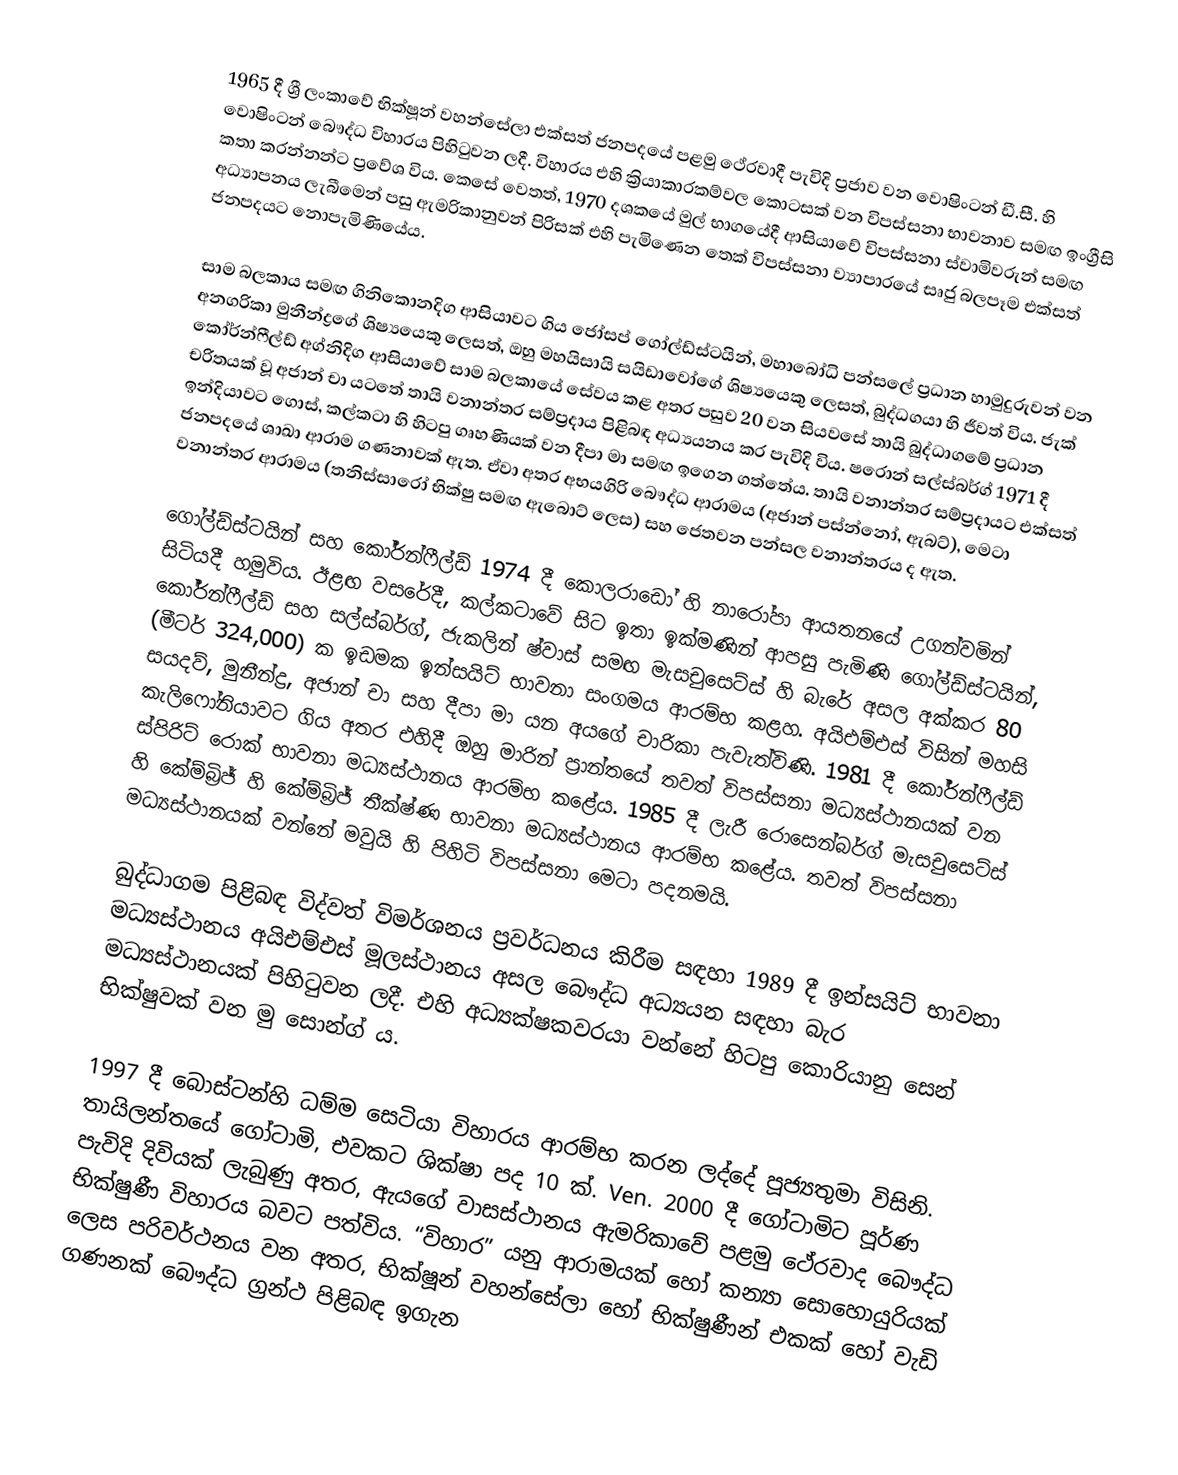
1965 දී ශ්‍රී ලංකාවේ භික්ෂූන් වහන්සේලා එක්සත් ජනපදයේ පළමු ථේරවාදී පැවිදි ප්‍රජාව වන වොෂිංටන් ඩී.සී. හි වොෂිංටන් බෞද්ධ විහාරය පිහිටුවන ලදී. විහාරය එහි ක්‍රියාකාරකම්වල කොටසක් වන විපස්සනා භාවනාව සමඟ ඉංග්‍රීසි කතා කරන්නන්ට ප්‍රවේශ විය. කෙසේ වෙතත්, 1970 දශකයේ මුල් භාගයේදී ආසියාවේ විපස්සනා ස්වාමිවරුන් සමඟ අධ්‍යාපනය ලැබීමෙන් පසු ඇමරිකානුවන් පිරිසක් එහි පැමිණෙන තෙක් විපස්සනා ව්‍යාපාරයේ සෘජු බලපෑම එක්සත් ජනපදයට නොපැමිණියේය.

සාම බලකාය සමඟ ගිනිකොනදිග ආසියාවට ගිය ජෝසප් ගෝල්ඩ්ස්ටයින්, මහාබෝධි පන්සලේ ප්‍රධාන හාමුදුරුවන් වන අනගරිකා මුනීන්ද්‍රගේ ශිෂ්‍යයෙකු ලෙසත්, ඔහු මහයිසායි සයිඩාවෝගේ ශිෂ්‍යයෙකු ලෙසත්, බුද්ධගයා හි ජීවත් විය. ජැක් කෝර්න්ෆීල්ඩ් අග්නිදිග ආසියාවේ සාම බලකායේ සේවය කළ අතර පසුව 20 වන සියවසේ තායි බුද්ධාගමේ ප්‍රධාන චරිතයක් වූ අජාන් චා යටතේ තායි වනාන්තර සම්ප්‍රදාය පිළිබඳ අධ්‍යයනය කර පැවිදි විය. ෂරොන් සල්ස්බර්ග් 1971 දී ඉන්දියාවට ගොස්, කල්කටා හි හිටපු ගෘහණියක් වන දීපා මා සමඟ ඉගෙන ගත්තේය. තායි වනාන්තර සම්ප්‍රදායට එක්සත් ජනපදයේ ශාඛා ආරාම ගණනාවක් ඇත. ඒවා අතර අභයගිරි බෞද්ධ ආරාමය (අජාන් පස්න්නෝ, ඇබට්), මෙටා වනාන්තර ආරාමය (තනිස්සාරෝ භික්ෂු සමඟ ඇබොට් ලෙස) සහ ජෙතවන පන්සල වනාන්තරය ද ඇත.

ගෝල්ඩ්ස්ටයින් සහ කෝර්න්ෆීල්ඩ් 1974 දී කොලරාඩෝ හි නාරෝපා ආයතනයේ උගන්වමින් සිටියදී හමුවිය. ඊළඟ වසරේදී, කල්කටාවේ සිට ඉතා ඉක්මණින් ආපසු පැමිණි ගෝල්ඩ්ස්ටයින්, කෝර්න්ෆීල්ඩ් සහ සල්ස්බර්ග්, ජැකලින් ෂ්වාස් සමඟ මැසචුසෙට්ස් හි බැරේ අසල අක්කර 80 (මීටර් 324,000) ක ඉඩමක ඉන්සයිට් භාවනා සංගමය ආරම්භ කළහ. අයිඑම්එස් විසින් මහසි සයදව්, මුනීන්ද්‍ර, අජාන් චා සහ දීපා මා යන අයගේ චාරිකා පැවැත්විණි. 1981 දී කෝර්න්ෆීල්ඩ් කැලිෆෝනියාවට ගිය අතර එහිදී ඔහු මාරින් ප්‍රාන්තයේ තවත් විපස්සනා මධ්‍යස්ථානයක් වන ස්පිරිට් රොක් භාවනා මධ්‍යස්ථානය ආරම්භ කළේය. 1985 දී ලැරී රොසෙන්බර්ග් මැසචුසෙට්ස් හි කේම්බ්‍රිජ් හි කේම්බ්‍රිජ් තීක්ෂ්ණ භාවනා මධ්‍යස්ථානය ආරම්භ කළේය. තවත් විපස්සනා මධ්‍යස්ථානයක් වන්නේ මවුයි හි පිහිටි විපස්සනා මෙටා පදනමයි.

බුද්ධාගම පිළිබඳ විද්වත් විමර්ශනය ප්‍රවර්ධනය කිරීම සඳහා 1989 දී ඉන්සයිට් භාවනා මධ්‍යස්ථානය අයිඑම්එස් මූලස්ථානය අසල බෞද්ධ අධ්‍යයන සඳහා බැර මධ්‍යස්ථානයක් පිහිටුවන ලදී. එහි අධ්‍යක්ෂකවරයා වන්නේ හිටපු කොරියානු සෙන් භික්ෂුවක් වන මු සොන්ග් ය.

1997 දී බොස්ටන්හි ධම්ම සෙටියා විහාරය ආරම්භ කරන ලද්දේ පූජ්‍යතුමා විසිනි. තායිලන්තයේ ගෝටාමි, එවකට ශික්ෂා පද 10 ක්. Ven. 2000 දී ගෝටාමිට පූර්ණ පැවිදි දිවියක් ලැබුණු අතර, ඇයගේ වාසස්ථානය ඇමරිකාවේ පළමු ථේරවාද බෞද්ධ භික්ෂුණී විහාරය බවට පත්විය. “විහාර” යනු ආරාමයක් හෝ කන්‍යා සොහොයුරියක් ලෙස පරිවර්ථනය වන අතර, භික්ෂූන් වහන්සේලා හෝ භික්ෂුණීන් එකක් හෝ වැඩි ගණනක් බෞද්ධ ග්‍රන්ථ පිළිබඳ ඉගැන